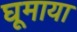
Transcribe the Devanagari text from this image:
घूमाया